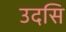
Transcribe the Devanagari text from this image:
उदसि